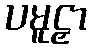
ပမူဠှာ